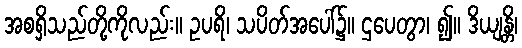
အစရှိသည်တို့ကိုလည်း။ ဥပရိ၊ သပိတ်အပေါ်၌။ ဌပေတွာ၊ ၍။ ဒိယျန္တိ၊